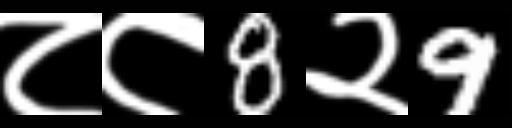
Text: ८८8२9